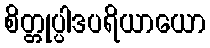
စိတ္တုပ္ပါဒပရိယာယော